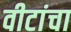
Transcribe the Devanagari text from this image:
वीटांचा